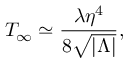
T _ { \infty } \simeq { \frac { \lambda \eta ^ { 4 } } { 8 \sqrt { | \Lambda | } } } ,